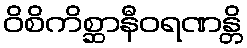
ဝိစိကိစ္ဆာနီဝရဏန္တိ